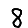
Digit: 8